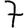
Digit: 7